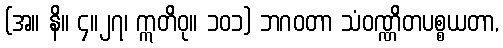
(အ။ နိ။ ၄။၂၇၊ ဣတိဝု။ ၁၀၁) ဘဂဝတာ သံဝဏ္ဏိတပစ္စယတာ,